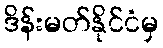
ဒိန်းမတ်နိုင်ငံမှ